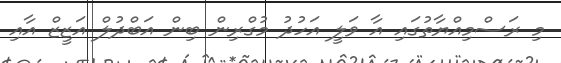
މި ރަސްމިއްޔާތުގައި އާ ވަލީ އަހުދު މުގްރިން ބިން އަބްދުލް އަޒީޒް އާއި